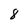
Character: 8